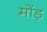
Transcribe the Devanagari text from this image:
मोंड़